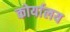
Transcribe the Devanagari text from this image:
कोर्यालय